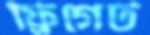
ফ্রিগেট